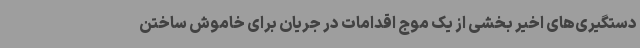
دستگیری‌های اخیر بخشی از یک موج اقدامات در جریان برای خاموش ساختن